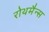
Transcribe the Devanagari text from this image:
रोथमैन्स